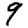
Digit: 9